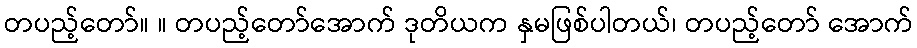
တပည့်တော်။ ။ တပည့်တော်အောက် ဒုတိယက နှမဖြစ်ပါတယ်၊ တပည့်တော် အောက်